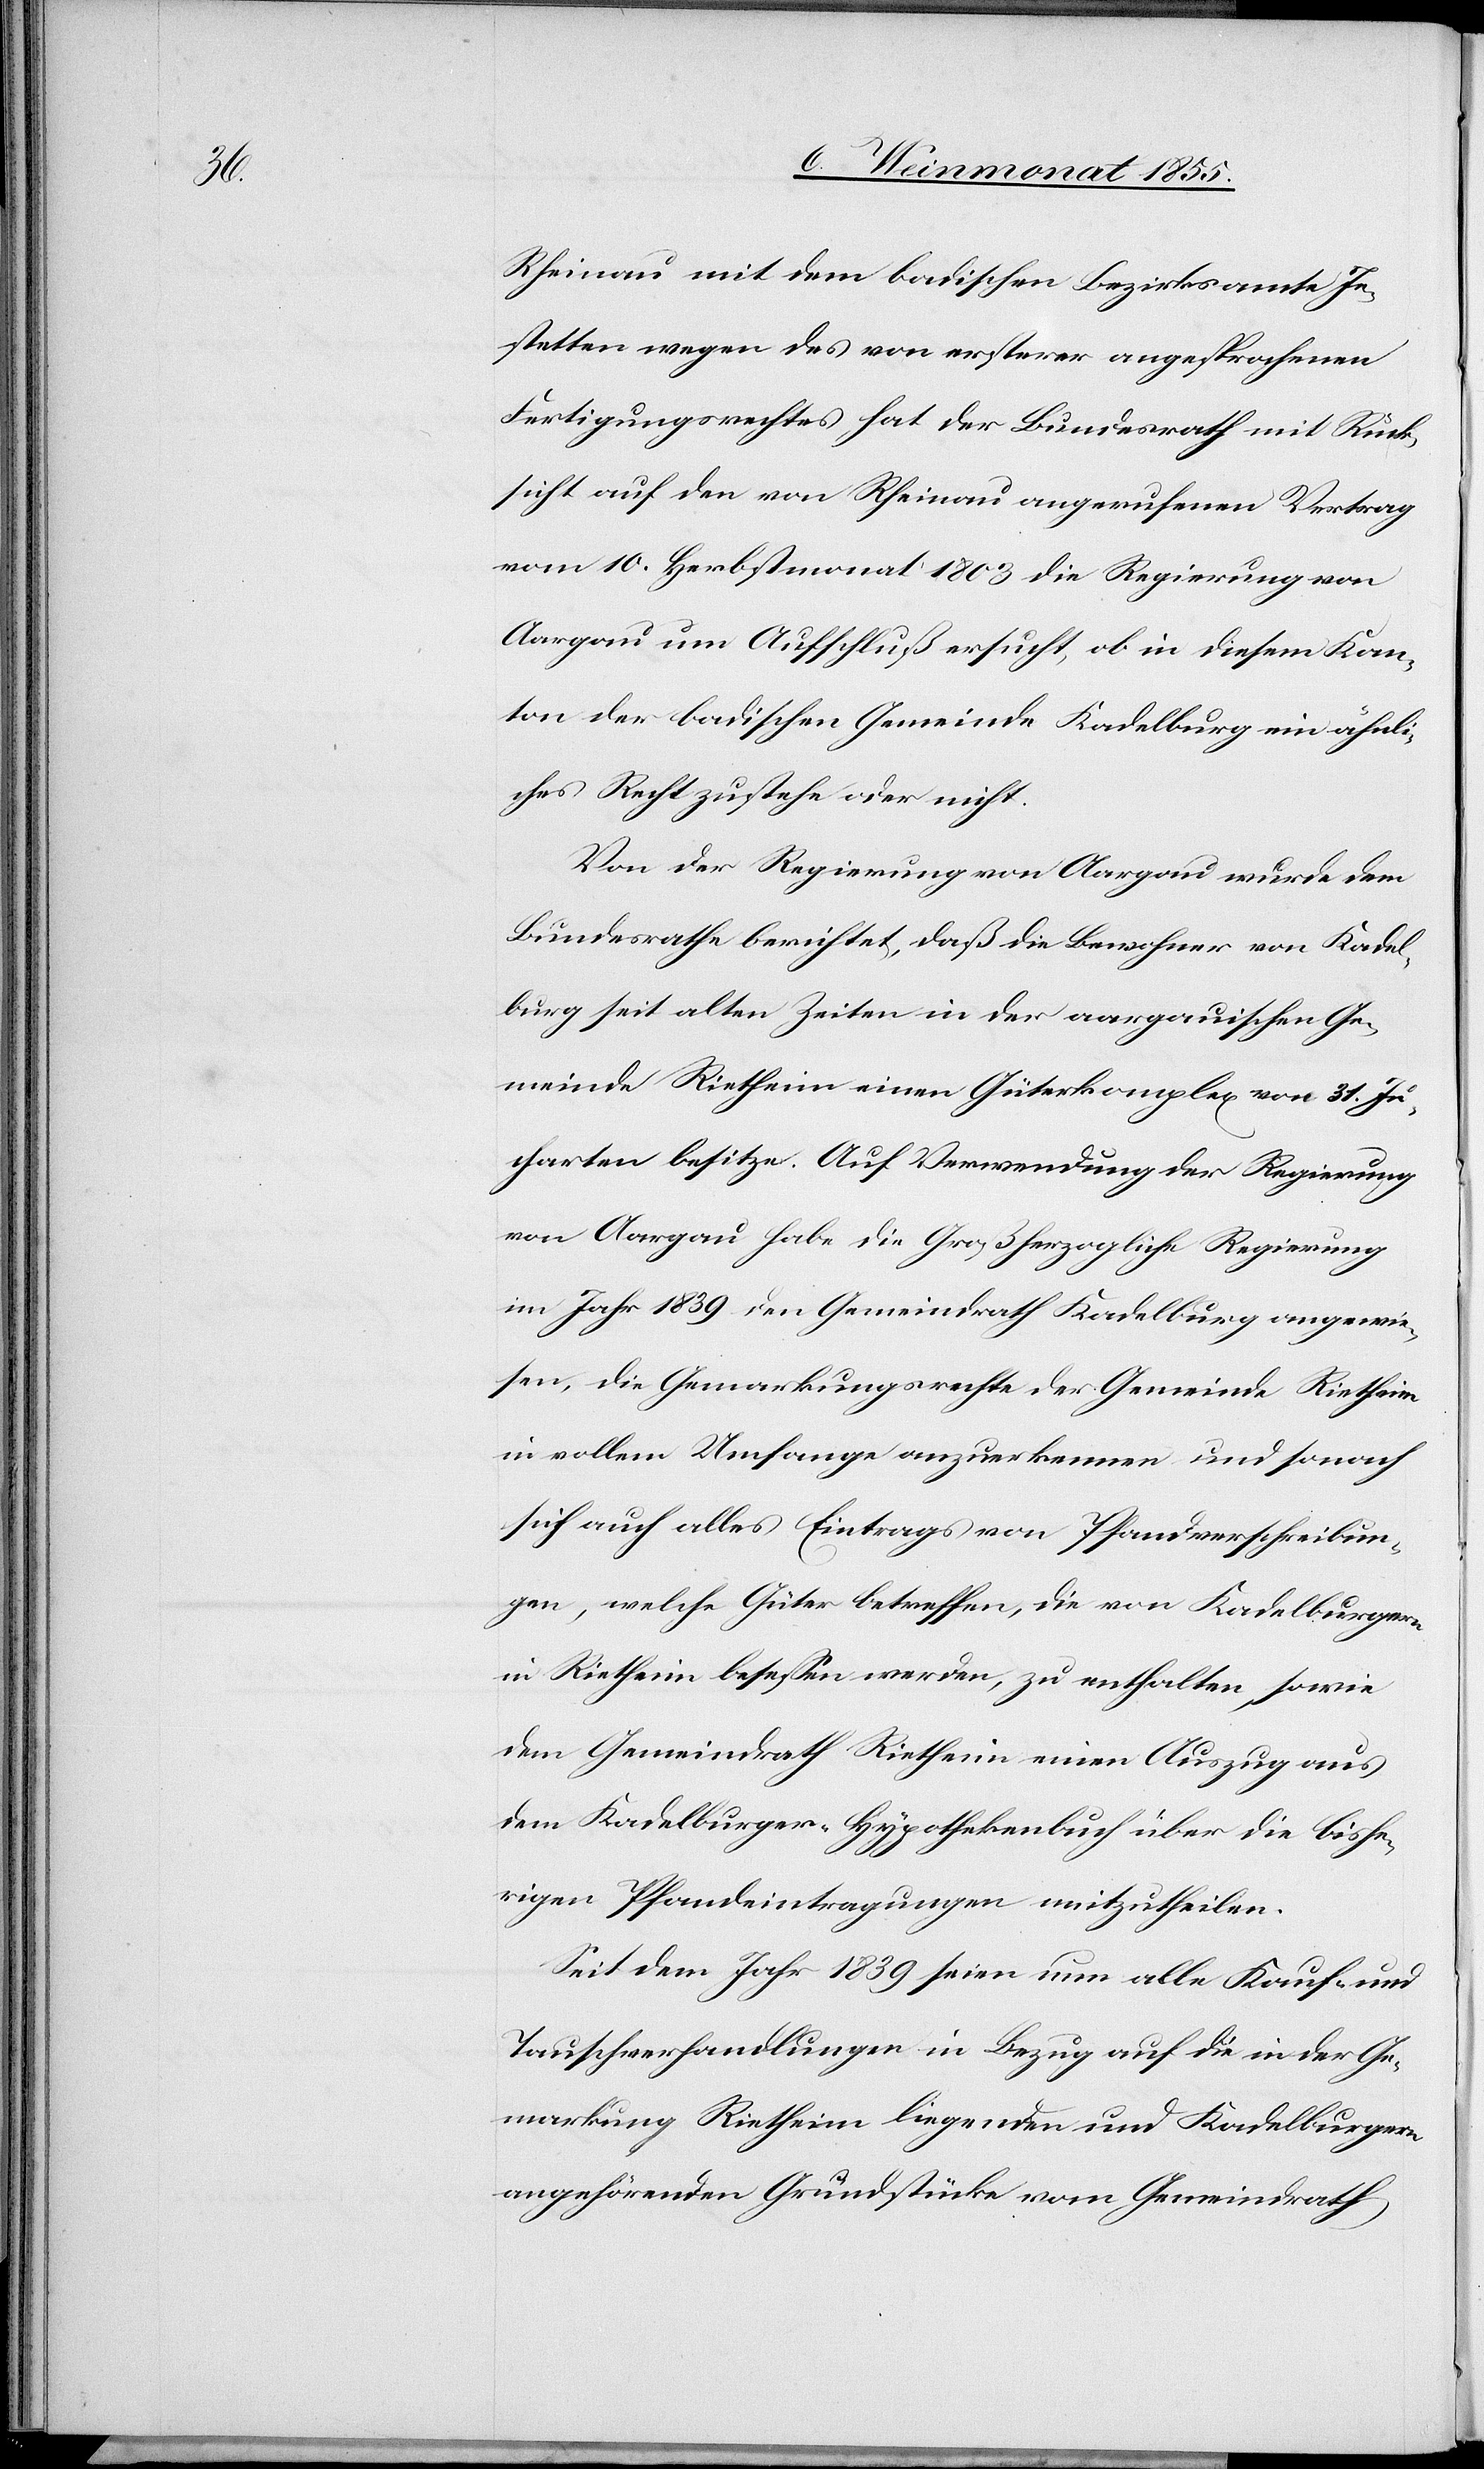
Rheinau mit dem badischen Bezirksamte Je¬
stetten wegen des von ersterer angesprochenen
Fertigungsrechtes hat der Bundesrath mit Rück¬
sicht auf den von Rheinau angerufenen Vertrag
vom 10. Herbstmonat 1803 die Regierung von
Aargau um Aufschluß ersucht, ob in diesem Kan¬
ton der badischen Gemeinde Kadelburg ein ähnli¬
ches Recht zustehe oder nicht.
Von der Regierung von Aargau wurde dem
Bundesrathe berichtet, daß die Bewohner von Kade¬
lburg seit alten Zeiten in der aargauischen Ge¬
meinde Rietheim einen Güterkomplex von 31. Ju¬
charten besitze. Auf Verwendung der Regierung
von Aargau habe die Großherzogliche Regierung
im Jahr 1839 den Gemeindrath Kadelburg angewie¬
sen, die Gemarkungsrechte der Gemeinde Rietheim
in vollem Umfange anzuerkennen und sonach
sich auch alles Eintrags von Pfandverschreibun¬
gen, welche Güter betreffen, die von Kadelburgern
in Rietheim besessen werden, zu enthalten, sowie
dem Gemeindrath Rietheim einen Auszug aus
dem Kadelburger-Hypothekenbuch über die bishe¬
rigen Pfandeintragungen mitzutheilen.
Seit dem Jahr 1839 seien nun alle Kauf- und
Tauschverhandlungen in Bezug auf die in der Ge¬
markung Rietheim liegenden und Kadelburgern
angehörenden Grundstücke vom Gemeindrath